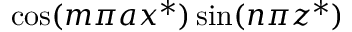
\cos ( m \pi a x ^ { * } ) \sin ( n \pi z ^ { * } )